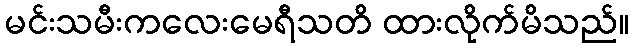
မင်းသမီးကလေးမေရီသတိ ထားလိုက်မိသည်။